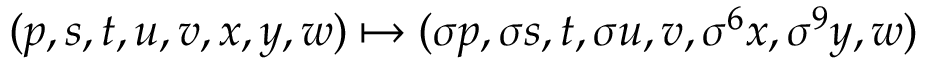
( p , s , t , u , v , x , y , w ) \mapsto ( \sigma p , \sigma s , t , \sigma u , v , \sigma ^ { 6 } x , \sigma ^ { 9 } y , w )